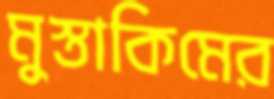
মুস্তাকিমের